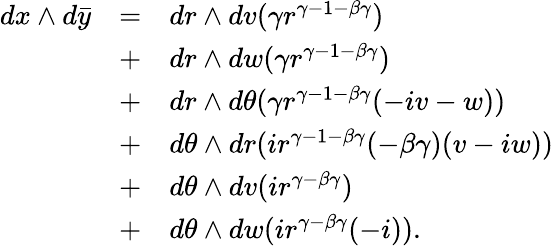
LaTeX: \begin{array}{rcl}{dx\wedge d\bar{y}}&{=}&{dr\wedge dv(\gamma r^{\gamma-1-\beta\gamma})}\\ &{+}&{dr\wedge dw(\gamma r^{\gamma-1-\beta\gamma})}\\ &{+}&{dr\wedge d\theta(\gamma r^{\gamma-1-\beta\gamma}(-iv-w))}\\ &{+}&{d\theta\wedge dr(ir^{\gamma-1-\beta\gamma}(-\beta\gamma)(v-iw))}\\ &{+}&{d\theta\wedge dv(ir^{\gamma-\beta\gamma})}\\ &{+}&{d\theta\wedge dw(ir^{\gamma-\beta\gamma}(-i)).}\end{array}